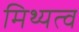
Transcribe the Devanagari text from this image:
मिथ्यत्व